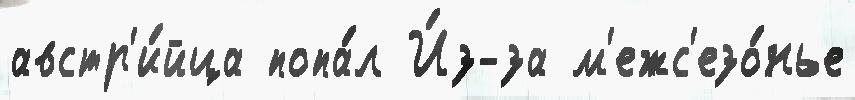
австр'и́йца попа́л И́з-за м'ежс'езо́нье